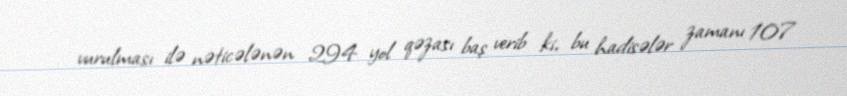
vurulması ilə nəticələnən 294 yol qəzası baş verib ki, bu hadisələr zamanı 107